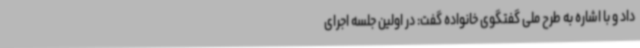
داد و با اشاره به طرح ملی گفتگوی خانواده گفت: در اولین جلسه اجرای